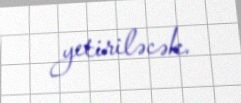
yetiriləcək.